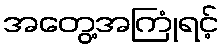
အတွေ့အကြုံရင့်